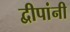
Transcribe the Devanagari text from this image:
द्वीपांनी